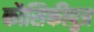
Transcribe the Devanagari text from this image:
कौसिकीपुत्र